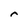
Character: r